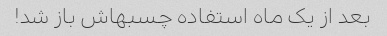
بعد از یک ماه استفاده چسبهاش باز شد!